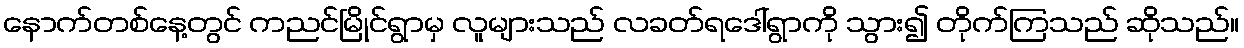
နောက်တစ်နေ့တွင် ကညင်မြိုင်ရွာမှ လူများသည် လခတ်ရဒေါ်ရွာကို သွား၍ တိုက်ကြသည် ဆိုသည်။